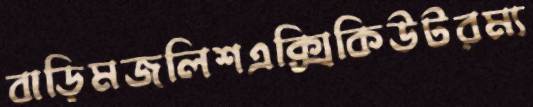
বাড়িমজলিশএক্সিকিউটরম্য